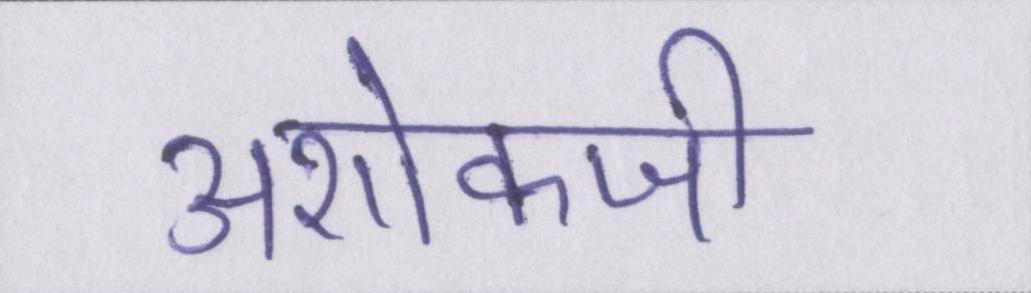
अशोकजी